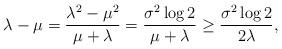
LaTeX: \begin{align*} \lambda-\mu= \frac{\lambda^2-\mu^2}{\mu+\lambda} = \frac{\sigma^2 \log 2}{ \mu+\lambda} \ge \frac{\sigma^2 \log 2 }{2 \lambda}, \end{align*}